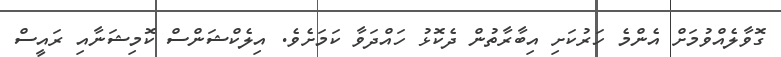
ގޮވާލެއްވުމަށް އެންމެ ހަރުކަށި އިބާރާތުން ދެކޮޅު ހައްދަވާ ކަމަށެވެ. އިލެކްޝަންސް ކޮމިޝަނާއި ރައީސް